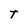
Character: T